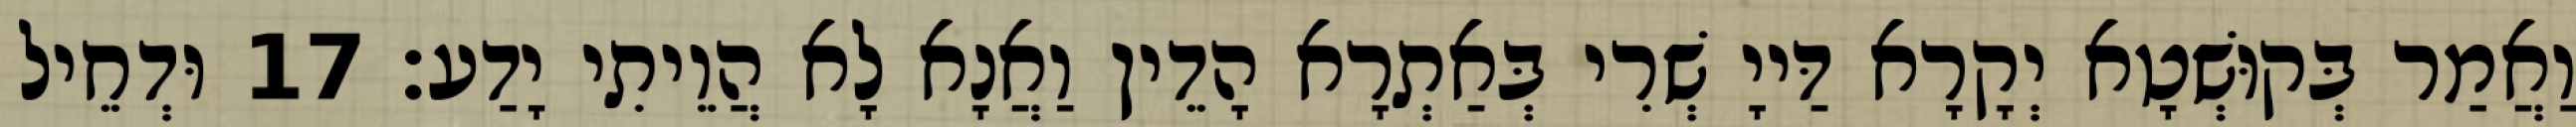
וַאֲמַר בְּקוּשְׁטָא יְקָרָא דַּייָ שְׁרִי בְּאַתְרָא הָדֵין וַאֲנָא לָא הֲוֵיתִי יָדַע׃ 17 וּדְחֵיל